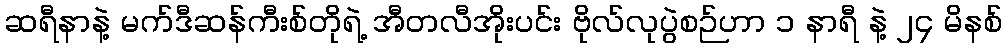
ဆရီနာနဲ့ မက်ဒီဆန်ကီးစ်တိုရဲ့ အီတလီအိုးပင်း ဗိုလ်လုပွဲစဉ်ဟာ ၁ နာရီ နဲ့ ၂၄ မိနစ်